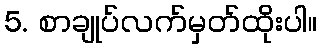
5. စာချုပ်လက်မှတ်ထိုးပါ။